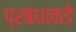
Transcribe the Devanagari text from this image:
प्रबंधाकडे